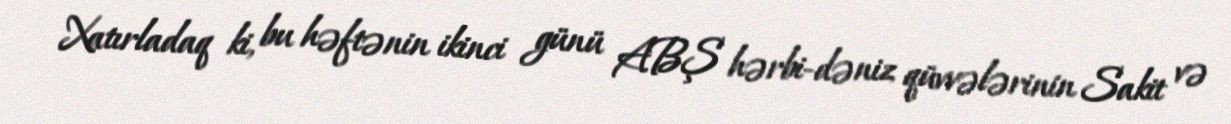
Xatırladaq ki, bu həftənin ikinci günü ABŞ hərbi-dəniz qüvvələrinin Sakit və